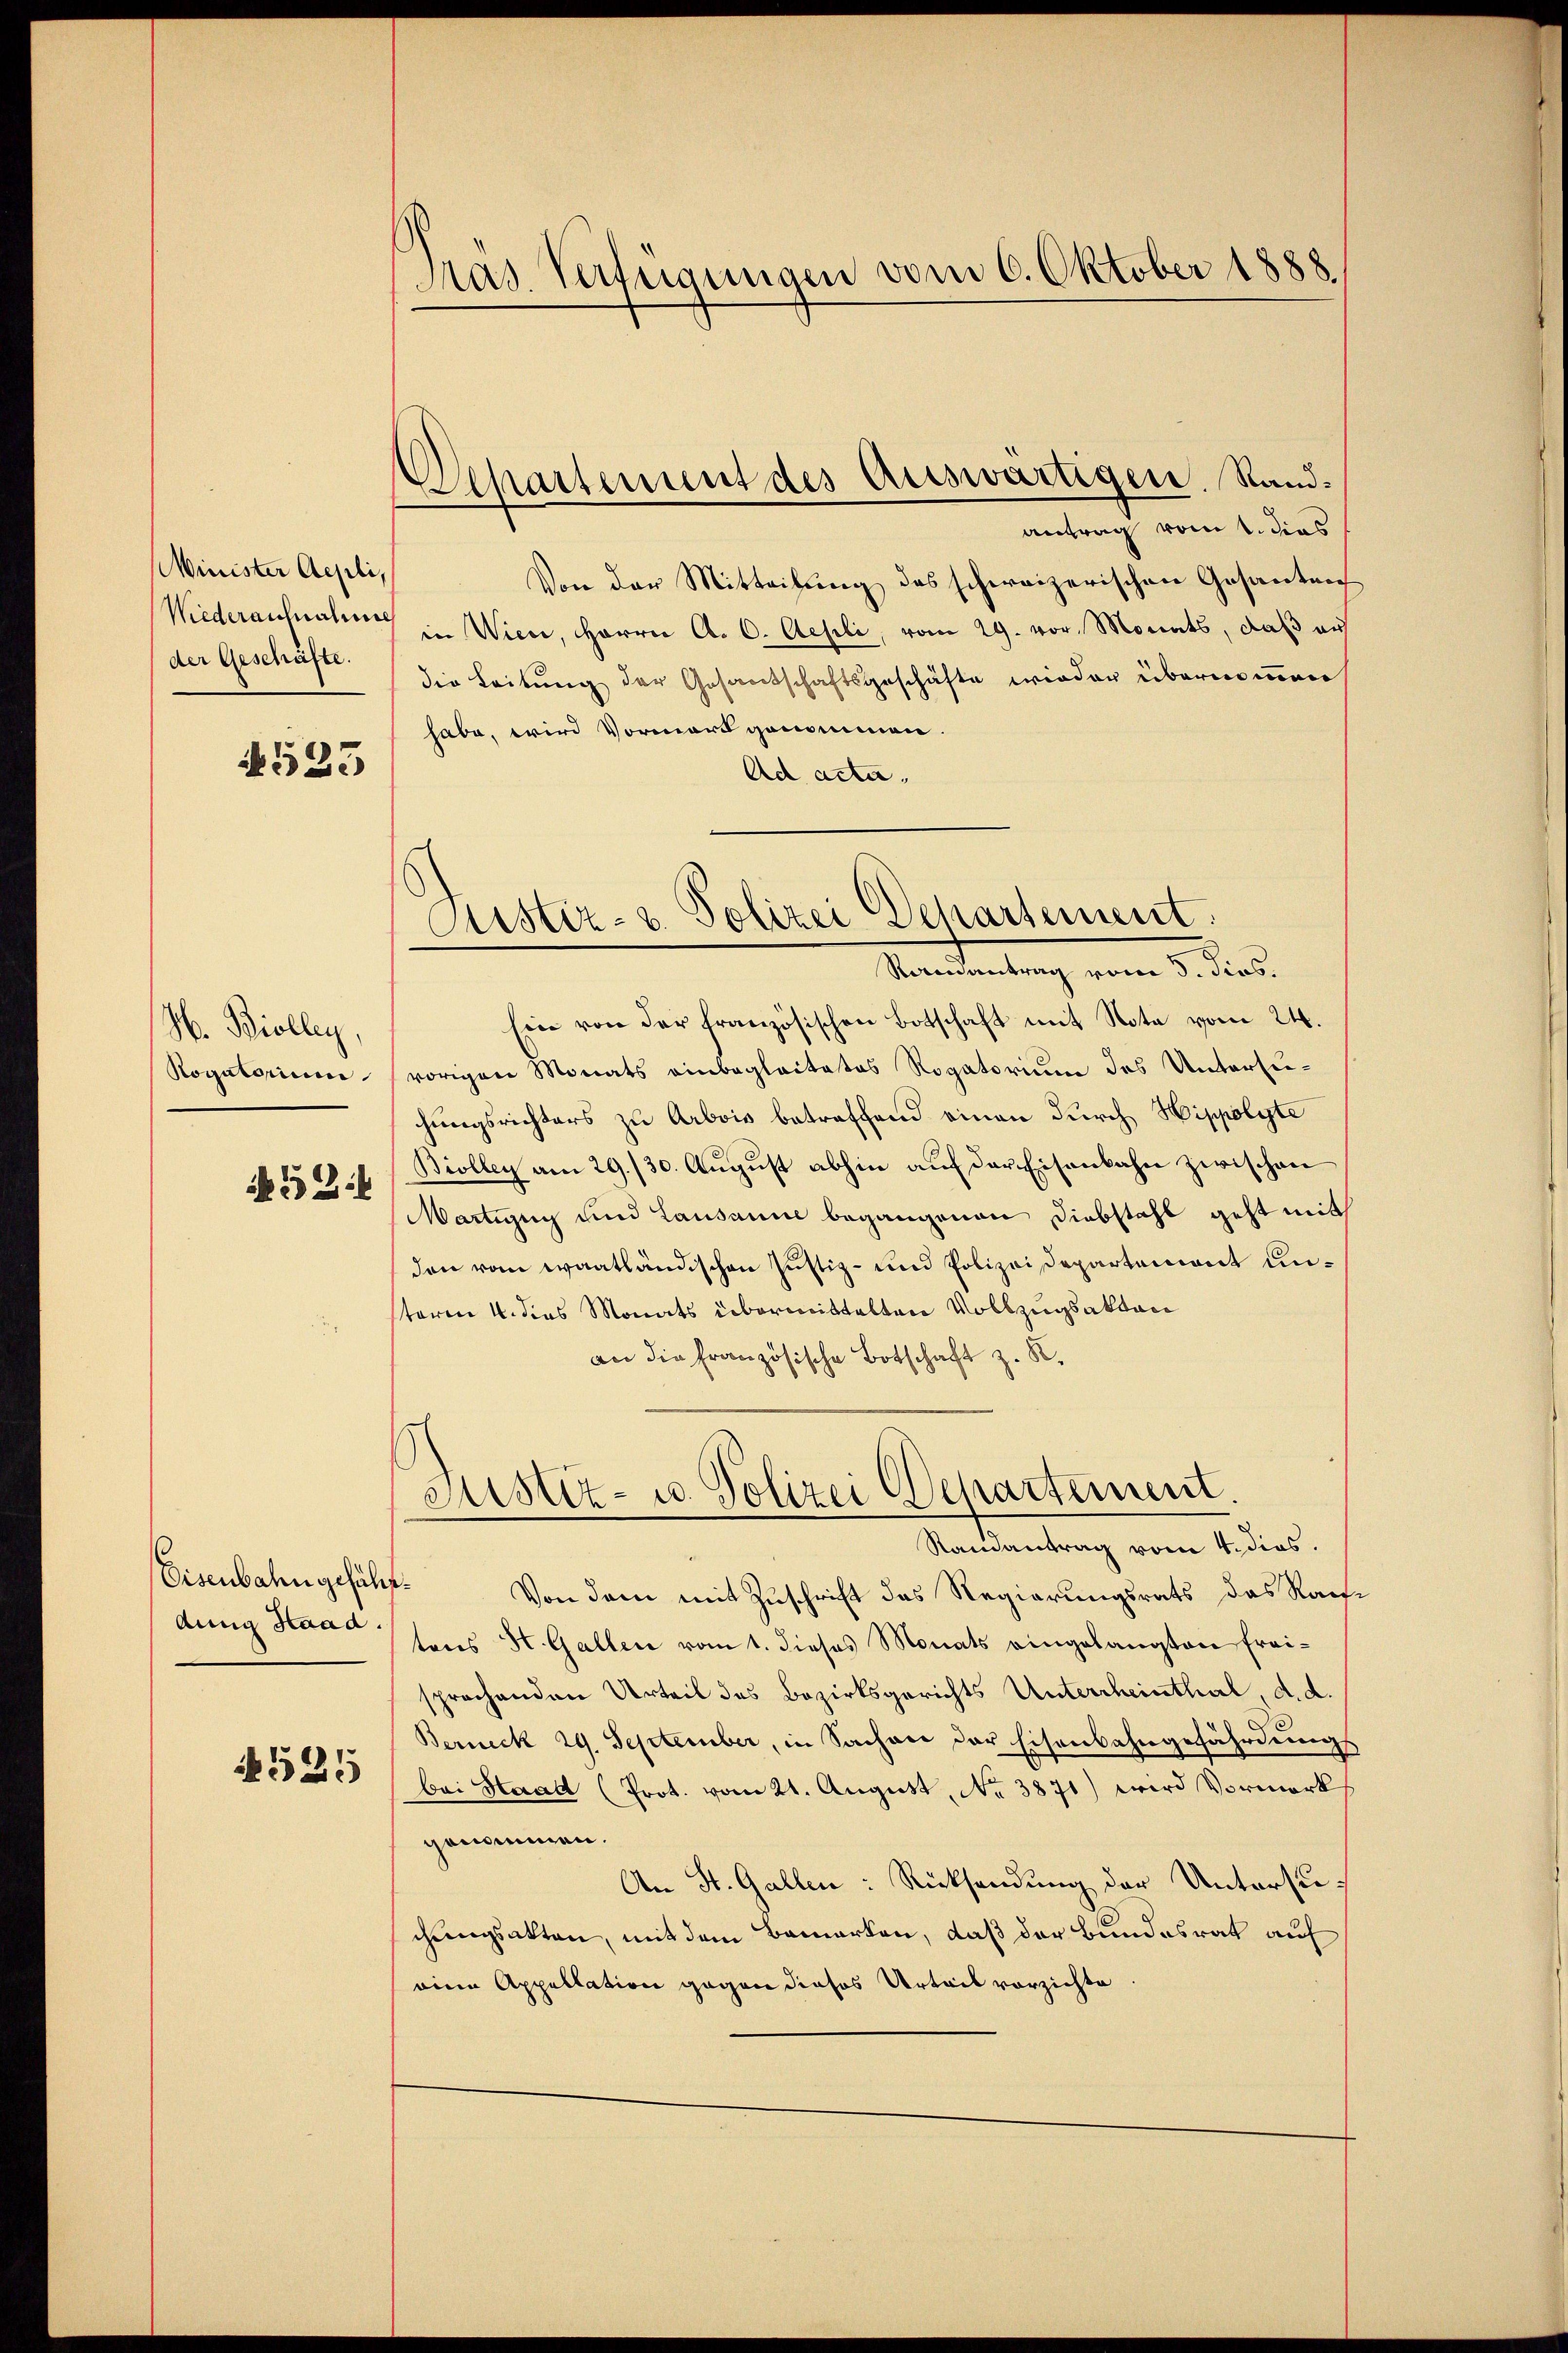
Minister Aepli,
Wiederaufnahme
der Geschäfte.

4523

N. Biolleg,
Rogatorium
52

Eisenbahn gefähr
dung Haad.

525

Pras. Verfügungen vom 6. Oktober 1888.

Departement des Auswärtigen. Randantrag vom 1. dies

Von der Mitteilung des schweizerischen Gesanten
in Wien, Herrn A. C. Aesli, vom 29. vor. Monats, daß auf
die Leitung der Gesandschaftsgeschäfte wieder übernommen
habe, wird Vormord genommen.
Ad acta.
Ein von der französischen Botschaft mit Nota vom 24.
vorigen Monats einbeglaitates Rogatorium des Untersuhungsrichters zu Arbois betreffend einen durch Hippolyte
Biolleg am 29./30. August abhin auf der Eisenbahn zwischen
Martigny und Lausanne begangenen Diebstahl geht mit
den vom waatländischen Justiz- und Polizeidepartement unsteren 4. dies Monats übermittelten Vollzugsakten
an die Französische Botschaft z. K.
Justiz- u. Polizei Departement
Randantrag vom 4. dies.
¬
Von dem mit Zuschrift des Regierungsrats das Rachtons St. Gallen vom 1. dieses Monats eingelangten Frei-
sprochenden Urteil des Bezirksgerichts Untercheinthal, d. d.
Berneck 29. September, in Sachen der Eisenbahngefährdung
bei Haad (Prot. vom 21. August, No 3871) wird Vormerk
genommen.
An St. Gallen: Rücksendung der Untersuchungsakten, mit dem Bemerken, daß der Bundesrat auf
eine Appellation gegen dieses Urteil vorzichte

Justiz- u. Polizei Departement.
Romantrag vom 5. dies.